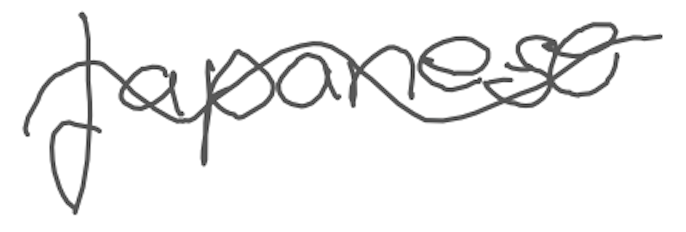
Text: Japanese
Cross-out: wave
Writing tool: digital_gray